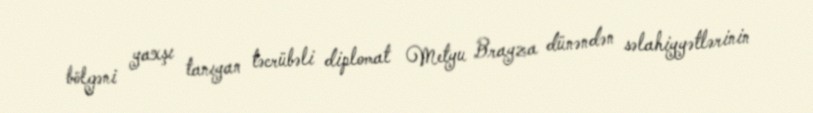
bölgəni yaxşı tanıyan təcrübəli diplomat Metyu Brayza dünəndən səlahiyyətlərinin